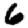
Digit: 6